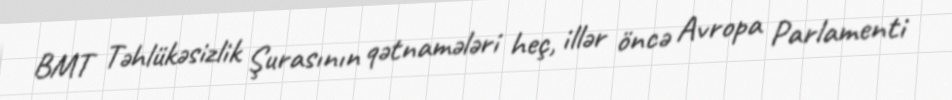
BMT Təhlükəsizlik Şurasının qətnamələri heç, illər öncə Avropa Parlamenti